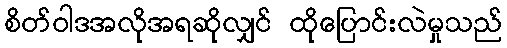
စိတ်ဝါဒအလိုအရဆိုလျှင် ထိုပြောင်းလဲမှုသည်